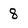
Character: 8